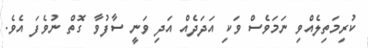
ކުރިމަތިލެއްވި ނަމަވެސް ވަކި އަދަދެއް އަދި ވަނީ ސާފުވާ ގޮތް ނުވެފަ އެވެ.